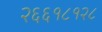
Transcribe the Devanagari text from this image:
२६६१८१२८